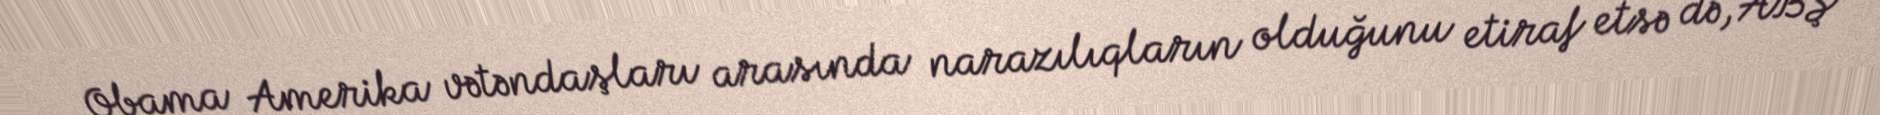
Obama Amerika vətəndaşları arasında narazılıqların olduğunu etiraf etsə də, ABŞ